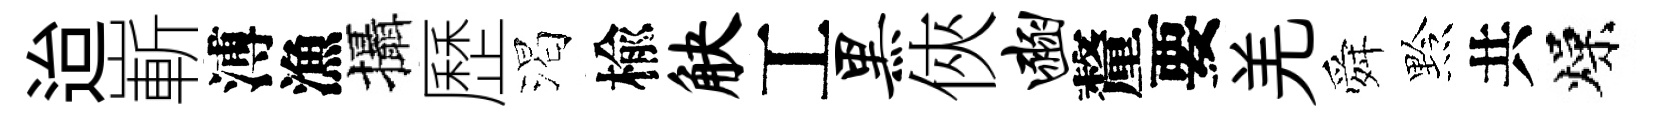
迨嶄溥漁攝歷渴楡觖工黑俠豳釐要羌舜黔共燥